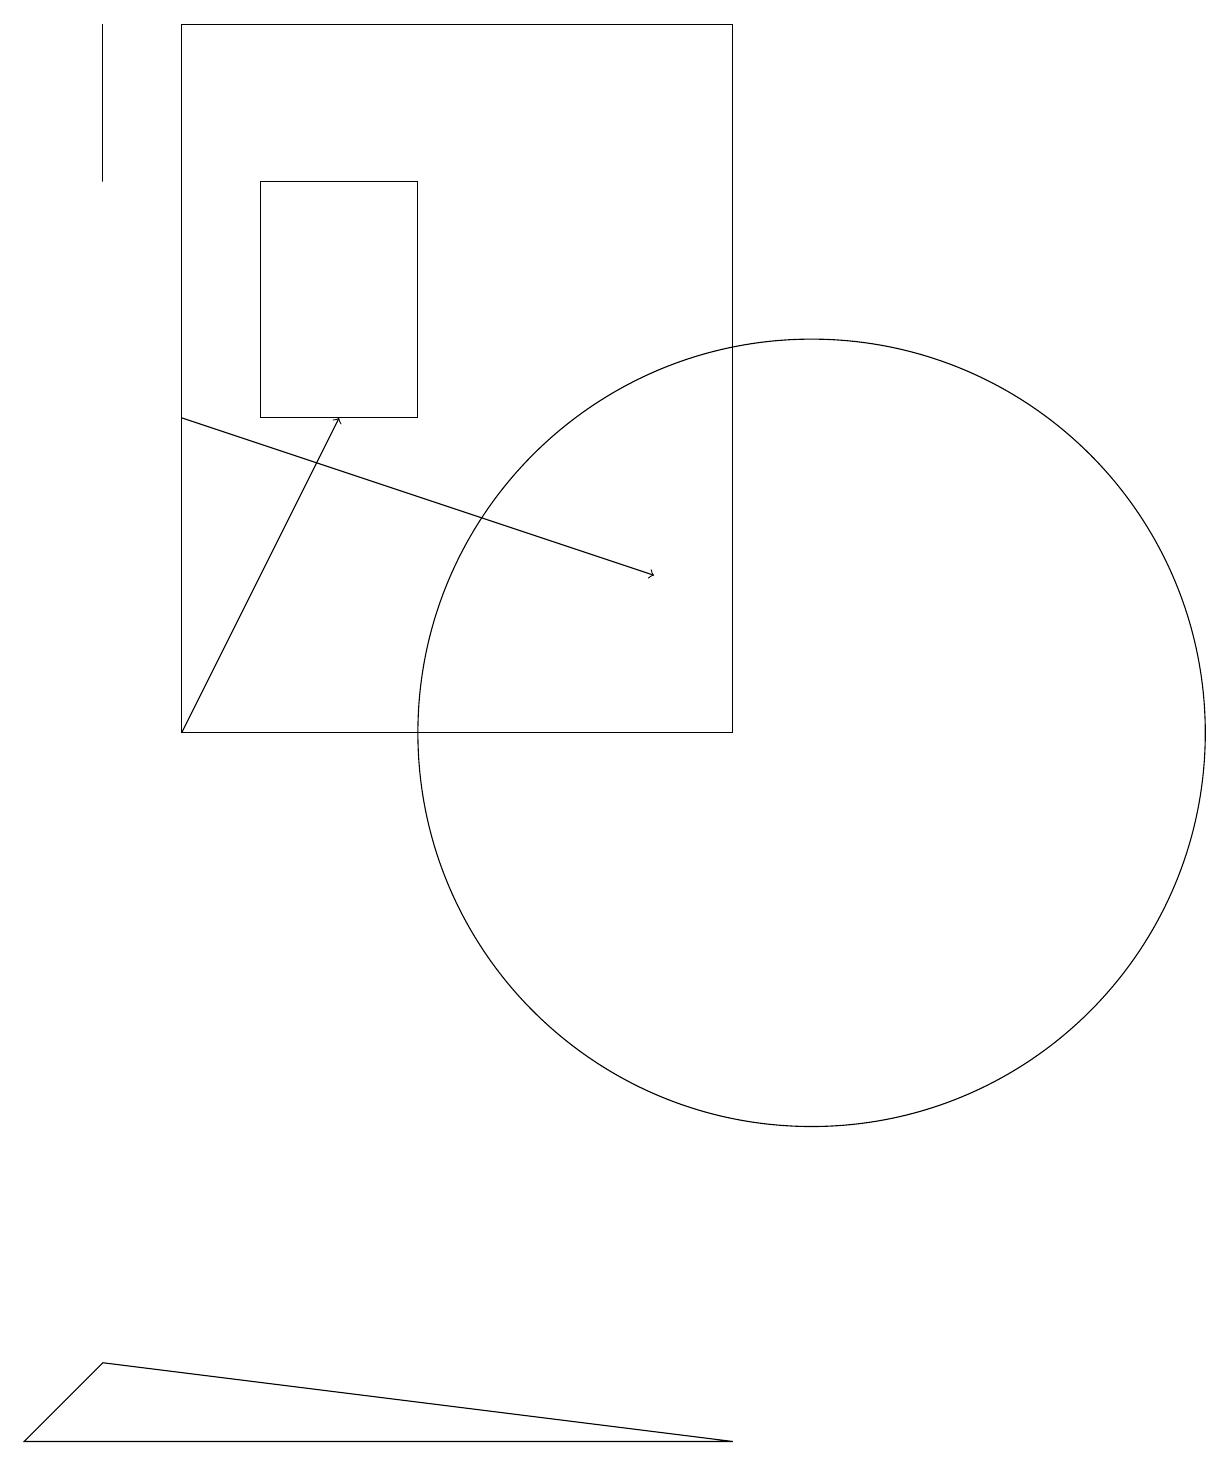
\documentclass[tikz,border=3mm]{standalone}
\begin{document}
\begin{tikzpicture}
\draw (3,14) rectangle (5,17);
\draw (10,10) circle (5);
\draw (0,1) -- (9,1) -- (1,2) -- cycle;
\draw (1,19) rectangle (1,17);
\draw[->] (2,10) -- (4,14);
\draw (2,19) rectangle (9,10);
\draw[->] (2,14) -- (8,12);
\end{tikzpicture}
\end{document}